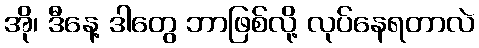
အို၊ ဒီနေ့ ဒါတွေ ဘာဖြစ်လို့ လုပ်နေရတာလဲ